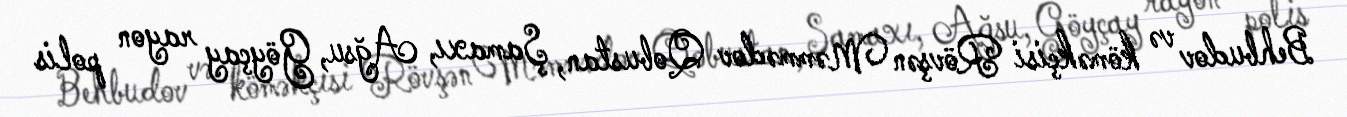
Behbudov və köməkçisi Rövşən Məmmədov Qobustan, Şamaxı, Ağsu, Göyçay rayon polis